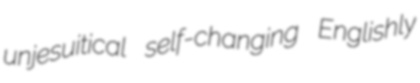
unjesuitical self-changing Englishly